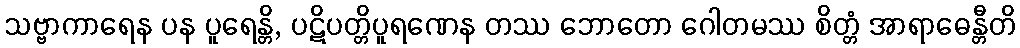
သဗ္ဗာကာရေန ပန ပူရေန္တိ, ပဋိပတ္တိပူရဏေန တဿ ဘောတော ဂေါတမဿ စိတ္တံ အာရာဓေန္တီတိ